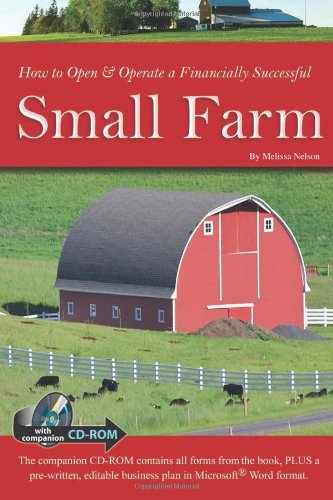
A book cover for How to Open & Operate a Financially Successful Small Farm: With Companion CD-ROM (Back-To-Basics) (How to Open and Operate a Financially Successful...); Julie Fryer; Law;